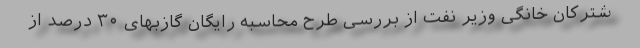
شترکان خانگی وزیر نفت از بررسی طرح محاسبه رایگان گازبهای ۳۰ درصد از